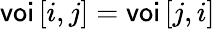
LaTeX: \textsf{voi}\left[i,j\right]=\textsf{voi}\left[j,i\right]